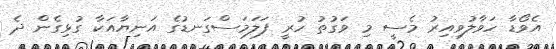
އެވޯޑާ ހަވާލުވިއިރު މެސީ މި ވަގުތު ހުރީ ފަލަމަސްގަނޑުގެ އަނިޔާއަކާ ގުޅިގެން ދެ